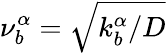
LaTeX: \nu_{b}^{\alpha}=\sqrt{k_{b}^{\alpha}/D}